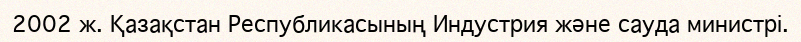
2002 ж. Қазақстан Республикасының Индустрия және сауда министрі.